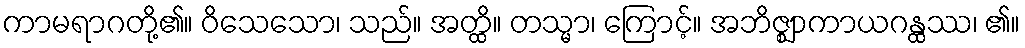
ကာမရာဂတို့၏။ ဝိသေသော၊ သည်။ အတ္ထိ။ တသ္မာ၊ ကြောင့်။ အဘိဇ္ဈာကာယဂန္ထဿ၊ ၏။